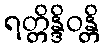
ရတ္တိန္ဒိဝန္တိ